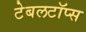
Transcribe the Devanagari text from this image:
टेबलटॉप्स